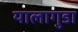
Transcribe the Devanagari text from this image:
यालागुडा